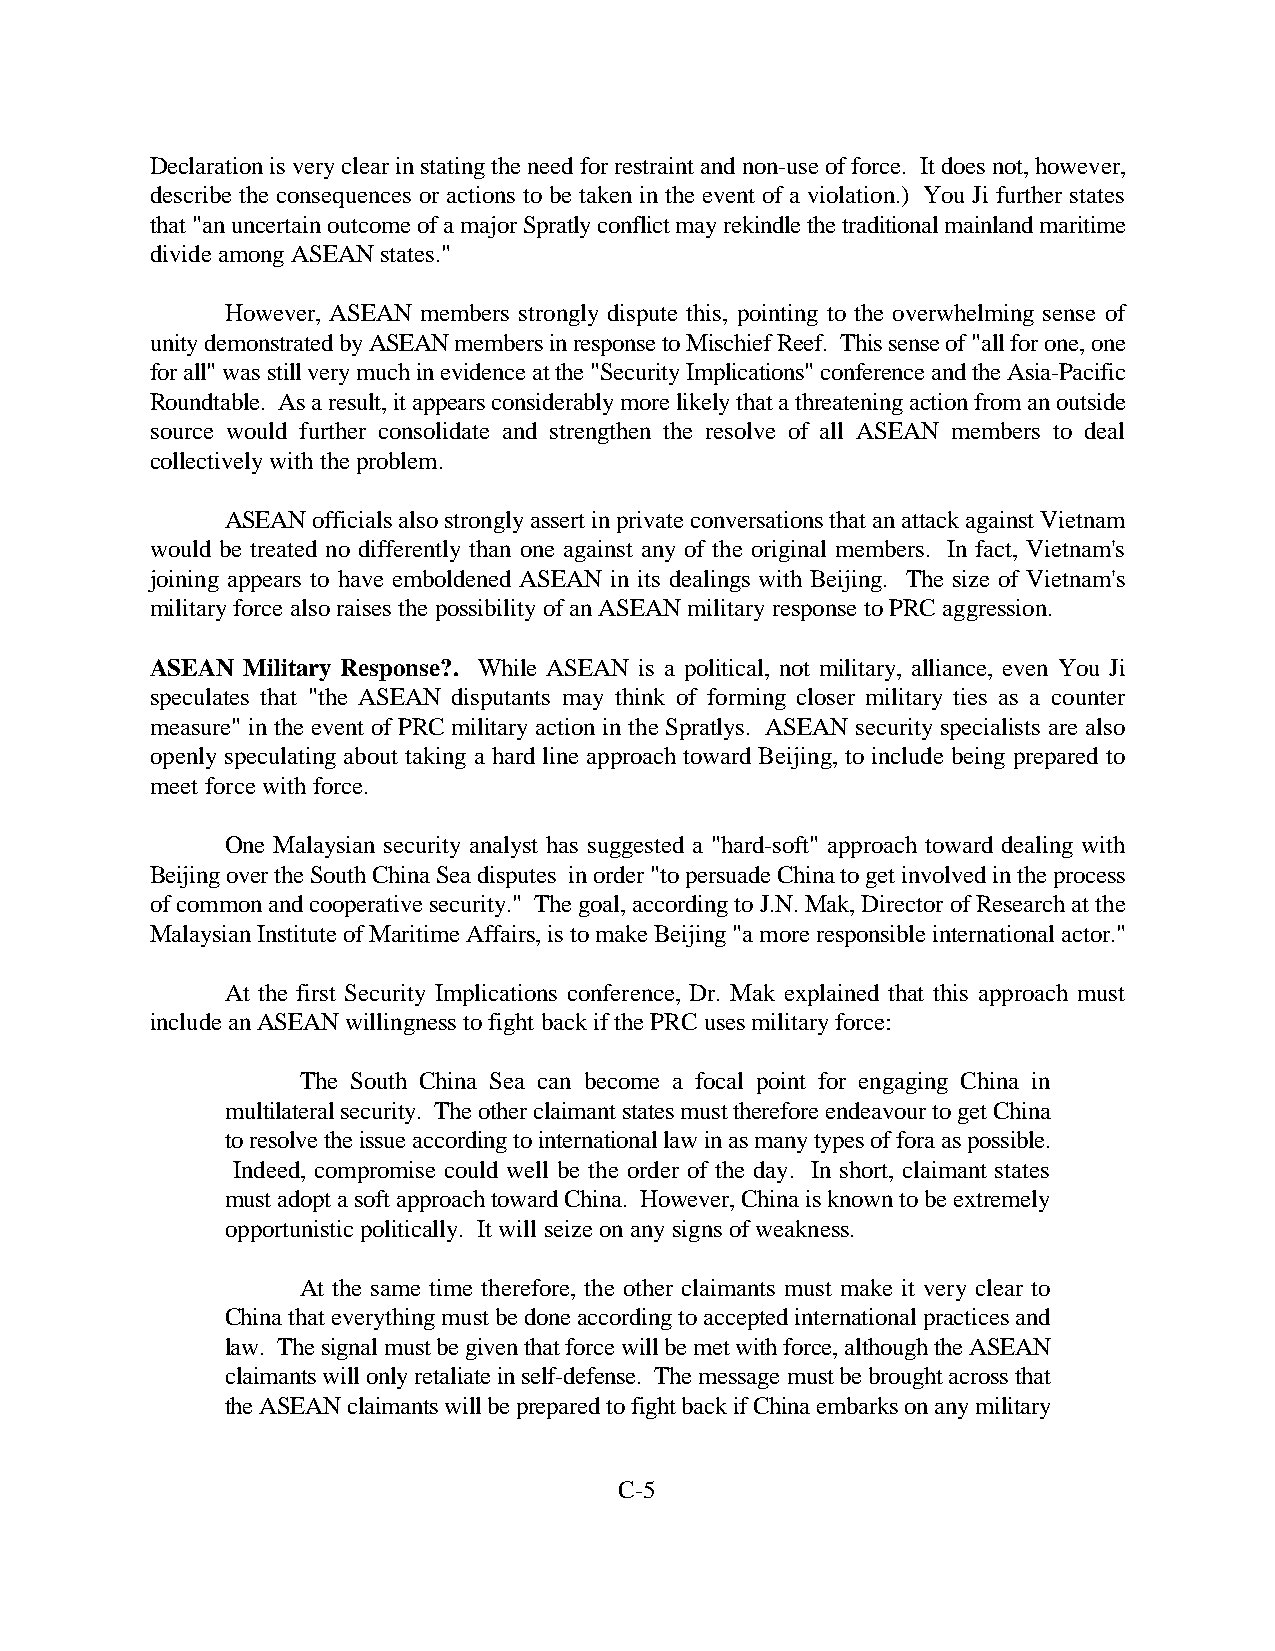
Declaration is very clear in stating the need for restraint and non-use of force. It does not, however,
 describe the consequences or actions to be taken in the event of a violation.) You Ji further states
 that "an uncertain outcome of a major Spratly conflict may rekindle the traditional mainland maritime
 divide among ASEAN states."
 However, ASEAN members strongly dispute this, pointing to the overwhelming sense of
 unity demonstrated by ASEAN members in response to Mischief Reef. This sense of "all for one, one
 for all" was still very much in evidence at the "Security Implications" conference and the Asia-Pacific
 Roundtable. As a result, it appears considerably more likely that a threatening action from an outside
 source would further consolidate and strengthen the resolve of all ASEAN members to deal
 collectively with the problem.
 ASEAN officials also strongly assert in private conversations that an attack against Vietnam
 would be treated no differently than one against any of the original members. In fact, Vietnam's
 joining appears to have emboldened ASEAN in its dealings with Beijing. The size of Vietnam's
 military force also raises the possibility of an ASEAN military response to PRC aggression.
 ASEAN Military Response?. While ASEAN is a political, not military, alliance, even You Ji
 speculates that "the ASEAN disputants may think of forming closer military ties as a counter
 measure" in the event of PRC military action in the Spratlys. ASEAN security specialists are also
 openly speculating about taking a hard line approach toward Beijing, to include being prepared to
 meet force with force.
 One Malaysian security analyst has suggested a "hard-soft" approach toward dealing with
 Beijing over the South China Sea disputes in order "to persuade China to get involved in the process
 of common and cooperative security." The goal, according to J.N. Mak, Director of Research at the
 Malaysian Institute of Maritime Affairs, is to make Beijing "a more responsible international actor."
 At the first Security Implications conference, Dr. Mak explained that this approach must
 include an ASEAN willingness to fight back if the PRC uses military force:
 The South China Sea can become a focal point for engaging China in
 multilateral security. The other claimant states must therefore endeavour to get China
 to resolve the issue according to international law in as many types of fora as possible.
 Indeed, compromise could well be the order of the day. In short, claimant states
 must adopt a soft approach toward China. However, China is known to be extremely
 opportunistic politically. It will seize on any signs of weakness.
 At the same time therefore, the other claimants must make it very clear to
 China that everything must be done according to accepted international practices and
 law. The signal must be given that force will be met with force, although the ASEAN
 claimants will only retaliate in self-defense. The message must be brought across that
 the ASEAN claimants will be prepared to fight back if China embarks on any military
 C-5